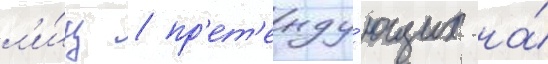
л'и́ц / пр'ет'енду́ющих на́